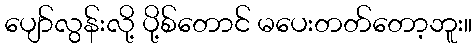
ပျော်လွန်းလို့ ပို့စ်တောင် မပေးတတ်တော့ဘူး။